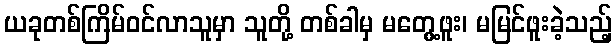
ယခုတစ်ကြိမ်ဝင်လာသူမှာ သူတို့ တစ်ခါမှ မတွေ့ဖူး၊ မမြင်ဖူးခဲ့သည့်